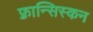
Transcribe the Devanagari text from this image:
फ़्रान्सिस्कन